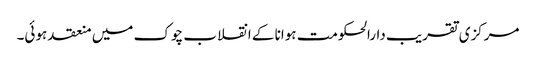
مرکزی تقریب دارالحکومت ہوانا کے انقلاب چوک میں منعقد ہوئی۔